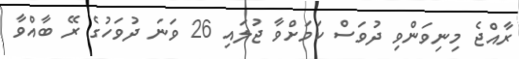
ރާއްޖެ މިނިވަންވި ދުވަސް ކަމަށްވާ ޖުލައި 26 ވަނަ ދުވަހުގެ ރޭ ބާއްވާ